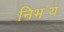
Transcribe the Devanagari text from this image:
निभ॔य